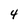
Character: 4